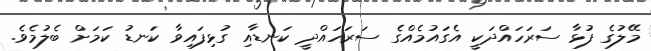
މޭލުގެ ފުޅާ ސަރަހައްދަކީ އެގައުމެއްގެ ސަރަހައްދީ ކަނޑާއި ގުޅިފައިވާ ކަނޑު ކަމަށް ބެލުމެވެ.